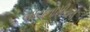
બાયનોમીયલ